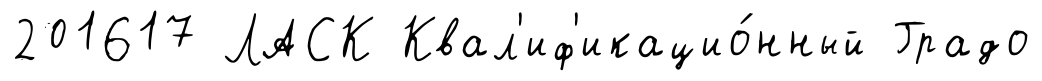
201617 ЛАСК Квал'иф'икацио́нный Градо